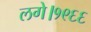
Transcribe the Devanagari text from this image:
लगे।१९६६